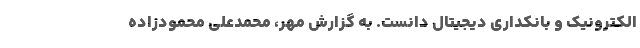
الکترونیک و بانکداری دیجیتال دانست. به گزارش مهر، محمدعلی محمودزاده